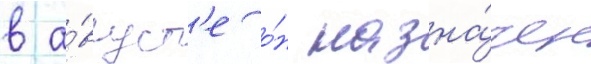
в а́вгуст'е о́н назна́чен